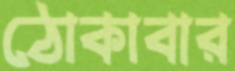
ঠোকাবার